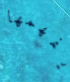
يفهمها